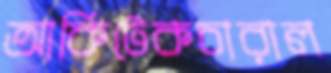
আর্কিটেকচারাল